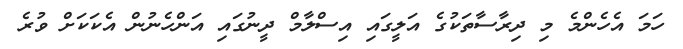
ހަމަ އެހެންމެ މި ދިރާސާތަކުގެ އަލީގައި އިސްލާމް ދީނުގައި އަންހެނުން އެކަކަށް ވުރެ